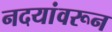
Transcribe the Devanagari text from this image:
नदयांवरून